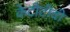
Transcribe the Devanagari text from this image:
केटीटीवी